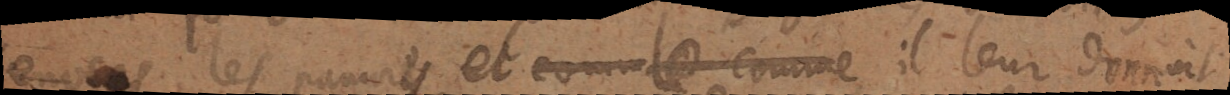
envers les pauvres, et comme ce comme il leur donnoit